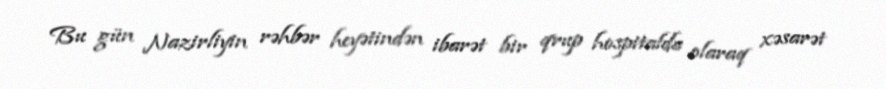
Bu gün Nazirliyin rəhbər heyətindən ibarət bir qrup hospitalda olaraq xəsarət